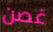
غصن